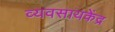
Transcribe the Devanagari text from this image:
व्यवसायकेंद्र